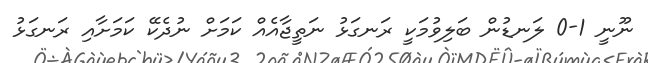
ނޫނީ 1-0 ލަނޑުން ބަލިވުމަކީ ރަނގަޅު ނަތީޖާއެއް ކަމަށް ނުދެކޭ ކަމަށާއި ރަނގަޅު